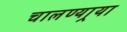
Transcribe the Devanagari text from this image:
चालण्यार्‍या